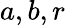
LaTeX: a,b,r